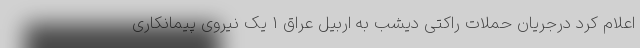
اعلام کرد درجریان حملات راکتی دیشب به اربیل عراق 1 یک نیروی پیمانکاری